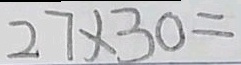
2 7 \times 3 0 =